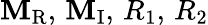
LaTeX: \mathbf{M}_{\mathrm{{R}}},\, \mathbf{M}_{\mathrm{{I}}},\, R_{1},\, R_{2}